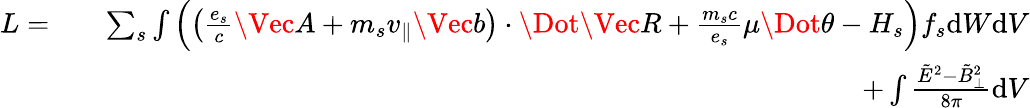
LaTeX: \begin{array}{rlr}{L=}&{}&{\sum_{s}\int\left(\left(\frac{e_{s}}{c}\Vec{A}+m_{s}v_{\parallel}\Vec{b}\right)\cdot\Dot{\Vec{R}}+\frac{m_{s}c}{e_{s}}\mu\Dot{\theta}-H_{s}\right)f_{s}\mathrm{d}W\mathrm{d}V}\\ &{}&{+\int\frac{\tilde{E}^{2}-\tilde{B}_{\perp}^{2}}{8\pi}\mathrm{d}V}\end{array}